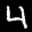
Label: 4